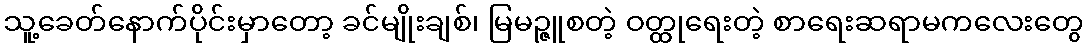
သူ့ခေတ်နောက်ပိုင်းမှာတော့ ခင်မျိုးချစ်၊ မြမဉ္ဇူစတဲ့ ဝတ္ထုရေးတဲ့ စာရေးဆရာမကလေးတွေ